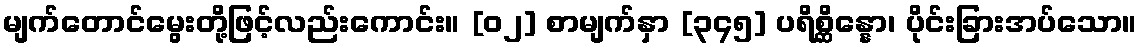
မျက်တောင်မွေးတို့ဖြင့်လည်းကောင်း။ [၀၂] စာမျက်နှာ [၃၄၅] ပရိစ္ဆိန္နော၊ ပိုင်းခြားအပ်သော။